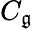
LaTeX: C_{\mathfrak{g}}